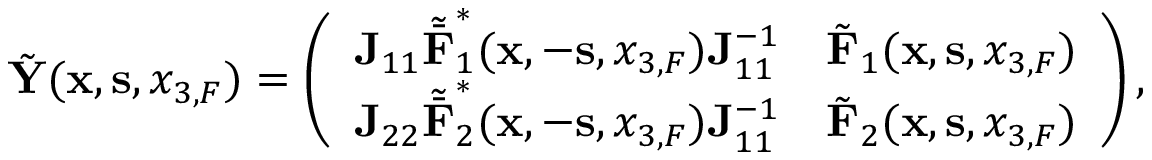
\begin{array} { r l r } & { } & { \tilde { \bf Y } ( { { \bf x } } , { { \bf s } } , { x _ { 3 , F } } ) = \left( \begin{array} { l l } { { \bf J } _ { 1 1 } { \tilde { \bar { \bf F } } } _ { 1 } ^ { * } ( { { \bf x } } , - { { \bf s } } , { x _ { 3 , F } } ) { \bf J } _ { 1 1 } ^ { - 1 } } & { \tilde { \bf F } _ { 1 } ( { { \bf x } } , { { \bf s } } , { x _ { 3 , F } } ) } \\ { { \bf J } _ { 2 2 } { \tilde { \bar { \bf F } } } _ { 2 } ^ { * } ( { { \bf x } } , - { { \bf s } } , { x _ { 3 , F } } ) { \bf J } _ { 1 1 } ^ { - 1 } } & { \tilde { \bf F } _ { 2 } ( { { \bf x } } , { { \bf s } } , { x _ { 3 , F } } ) } \end{array} \right) , } \end{array}